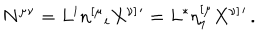
N ^ { \mu \nu } = L ^ { i } n ^ { [ \mu } { } _ { i } X ^ { \nu ] } { } ^ { \prime } = L ^ { * } \eta _ { 1 } ^ { [ \mu } X ^ { \nu ] } { } ^ { \prime } \, .